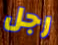
رجل